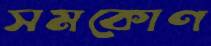
সমকোণ